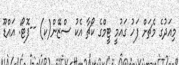
މިއަދުގެ މެޗަށް ފަހު ގައުމީ ޓީމްގެ ކޯޗާ އެކު ސްޒޭން(ކ) --ފޮޓޯ: އައްޑޫ